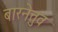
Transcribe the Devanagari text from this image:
बारनेत्तुव